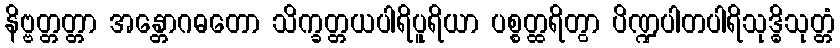
နိဗ္ဗတ္တတ္တာ အန္တောဂဓတော သိက္ခတ္တယပါရိပူရိယာ ပစ္စတ္ထရိတွာ ပိဏ္ဍပါတပါရိသုဒ္ဓိသုတ္တံ